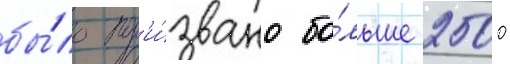
бы́ло пр'и́звано бо́льше 2500